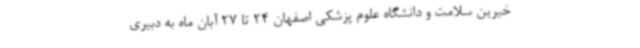
خیرین سلامت و دانشگاه علوم پزشکی اصفهان 24 تا 27 آبان ماه به دبیری